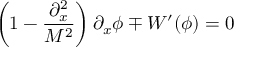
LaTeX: \left( 1 - \frac { \partial _ { x } ^ { 2 } } { M ^ { 2 } } \right) \partial _ { x } \phi \mp W ^ { \prime } ( \phi ) = 0